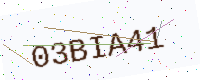
Text: 03BIA41